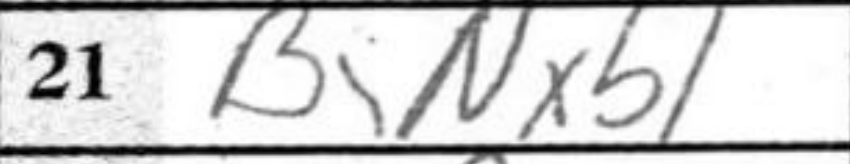
Transcription: BNxb1